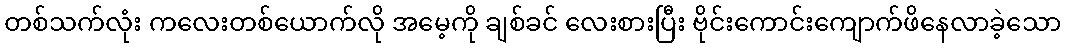
တစ်သက်လုံး ကလေးတစ်ယောက်လို အမေ့ကို ချစ်ခင် လေးစားပြီး ဗိုင်းကောင်းကျောက်ဖိနေလာခဲ့သော